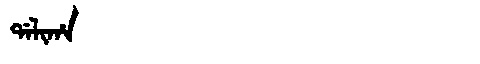
Manchu: ᡩᠠᠯᡳᡥᠠ
Romanization: DALIHA